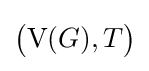
{\bigl (}\mathrm {V} (G),T{\bigr )}